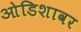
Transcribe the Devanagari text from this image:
ओडिशावर